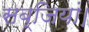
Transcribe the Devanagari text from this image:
सब्जियां।